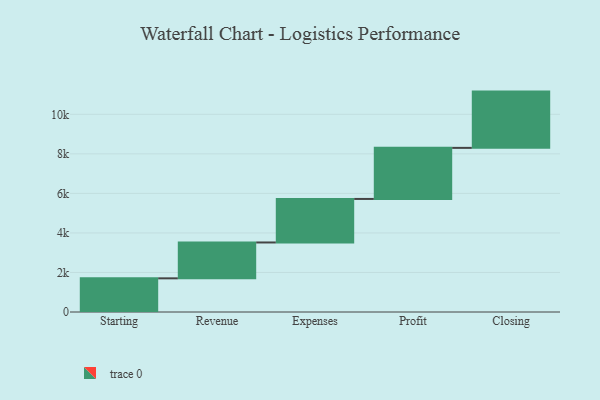
{"axis": {"x": "Step", "y": "Value"}, "legend": [""], "data": [{"x": "Starting", "y": 1703.0, "type": ""}, {"x": "Revenue", "y": 1815.0, "type": ""}, {"x": "Expenses", "y": 2202.0, "type": ""}, {"x": "Profit", "y": 2584.0, "type": ""}, {"x": "Closing", "y": 2847.0, "type": ""}]}